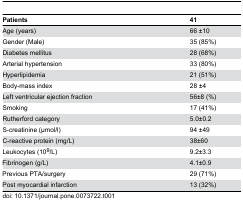
<table><thead><tr><td><b>Patients</b></td><td><b>41</b></td></tr></thead><tbody><tr><td>Age (years)</td><td>66 ±10</td></tr><tr><td>Gender (Male)</td><td>35 (85%)</td></tr><tr><td>Diabetes mellitus</td><td>28 (68%)</td></tr><tr><td>Arterial hypertension</td><td>33 (80%)</td></tr><tr><td>Hyperlipidemia</td><td>21 (51%)</td></tr><tr><td>Body-mass index</td><td>28 ±4</td></tr><tr><td>Left ventricular ejection fraction</td><td>56±8 (%)</td></tr><tr><td>Smoking</td><td>17 (41%)</td></tr><tr><td>Rutherford category</td><td>5.0±0.2</td></tr><tr><td>S-creatinine (μmol/l)</td><td>94 ±49</td></tr><tr><td>C-reactive protein (mg/L)</td><td>38±60</td></tr><tr><td>Leukocytes (10<sup>9</sup>/L)</td><td>9.2±3.3</td></tr><tr><td>Fibrinogen (g/L)</td><td>4.1±0.9</td></tr><tr><td>Previous PTA/surgery</td><td>29 (71%)</td></tr><tr><td>Post myocardial infarction</td><td>13 (32%)</td></tr></tbody></table>